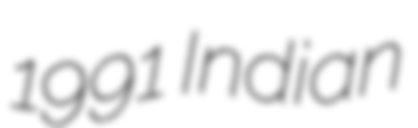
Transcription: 1991 Indian